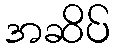
အဆိပ်